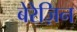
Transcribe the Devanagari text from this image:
बेरेज़िन